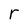
Character: r